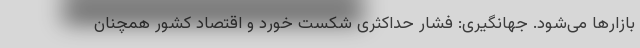
بازارها می‌شود. جهانگیری: فشار حداکثری شکست خورد و اقتصاد کشور همچنان